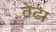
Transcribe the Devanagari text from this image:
तेढा